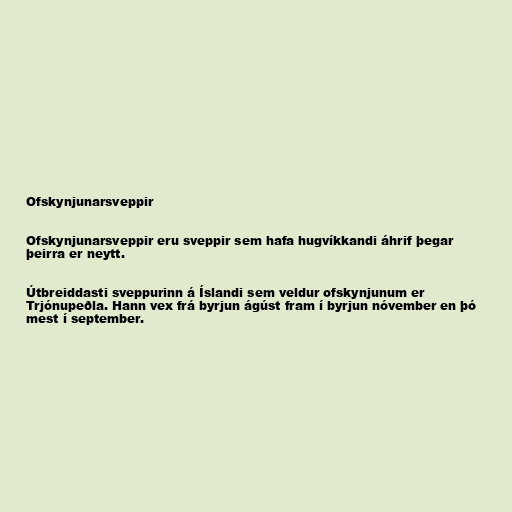
Ofskynjunarsveppir

Ofskynjunarsveppir eru sveppir sem hafa hugvíkkandi áhrif þegar
þeirra er neytt.

Útbreiddasti sveppurinn á Íslandi sem veldur ofskynjunum er
Trjónupeðla. Hann vex frá byrjun ágúst fram í byrjun nóvember en þó
mest í september.